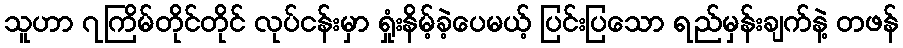
သူဟာ ၇ကြိမ်တိုင်တိုင် လုပ်ငန်းမှာ ရှုံးနိမ့်ခဲ့ပေမယ့် ပြင်းပြသော ရည်မှန်းချက်နဲ့ တဖန်